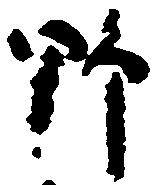
野